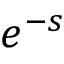
e ^ { - s }